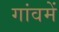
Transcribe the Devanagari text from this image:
गांवमें